Vaccination in the Punjab 1897-1904 - 1897-1904
Year: 1897
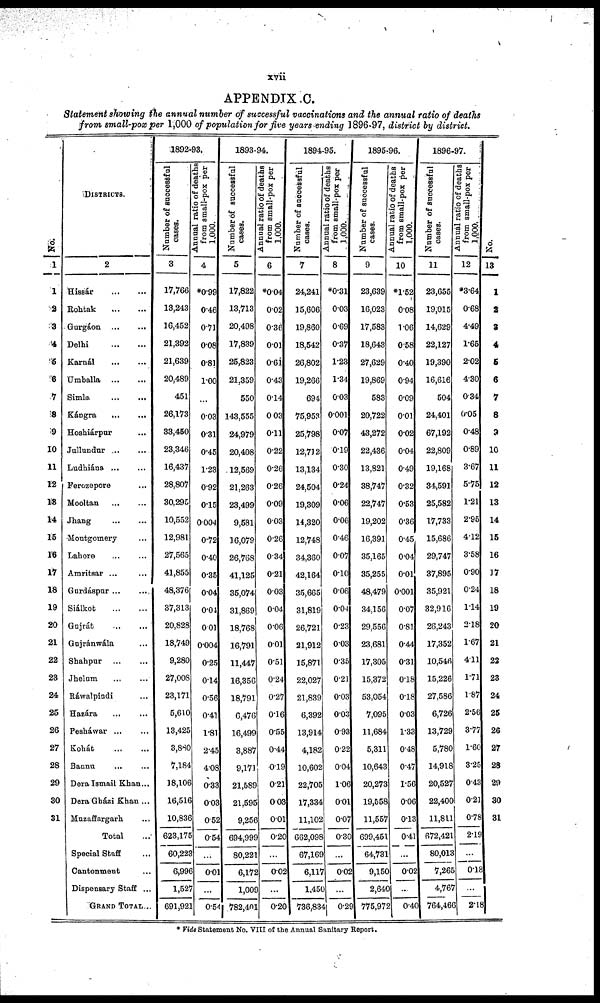
xvii
APPENDIX .C.
Statement showing the annual number of successful vaccinations and the annual ratio of deaths
from small-pox per 1,000 of population for five years ending 1896-97, district by district.
No.
1
1
2
3
4
5
6
7
8
9
10
11
12
13
14
15
16
17
18
19
20
21
22
23
24
25
26
27
28
29
30
31
DISTRICTS.
2
Hissár
...
...
Rohtak
...
...
Gurgáon
...
...
Delhi
...
...
Karnál
...
...
Umballa
...
...
Simla ... ...
Kángra
...
...
Hoshiárpur ... ...
Jullundur
...
...
Ludhiána ... ...
Ferozepore ... ...
Mooltan
...
...
Jhang
...
...
Montgomery ... ...
Lahore ... ...
Amritsar ... ...
Gurdáspur ... ...
Siálkot
...
...
Gujrát ... ...
Gujránwála ... ...
Shahpur ... ...
Jhelum ... ...
Ráwalpindi ... ...
Hazára ... ...
Pesháwar
...
...
Kohát ... ...
Bannu ... ...
Dera Ismail Khan
Dera Gházi Khan
Muzaffargarh ... ...
Total ...
Special Staff ...
Cantonment ...
Dispensary Staff ...
GRAND TOTAL ...
1892-93.
Number of successful
cases.
3
17,766
18,243
16,452
21,392
21,639
20,489
451
26,173
33,450
23,346
16,437
28,807
30,295
10,552
12,981
27,565
41,855
48,376
37,313
20,828
18,749
9,280
27,008
23,171
5,610
13,425
3,880
7,184
18,106
16,516
10,836
623,175
60,223
6,996
1,527
691,921
Annual ratio of deaths
from small-pox per
1,000.
4
*0.99
0.46
0.71
0.08
0.81
1.00
...
0.03
0.31
0.45
1.23
0.92
0.15
0.004
0.72
0.40
0.35
0.04
0.04
0.01
0.004
0.25
0.14
0.56
0.41
1.81
2.45
4.08
0.33
0.03
0.52
0.54
...
0.01
...
0.54
1893-94.
Number of successful
cases.
5
17,822
13,713
20,498
17,839
25,823
21,359
550
143,555
24,979
20,408
12,569
21,263
23,499
9,581
16,079
26,768
41,125
35,074
31,869
18,768
16,791
11,447
16,356
18,791
6,476
16,499
3,887
9,171
21,589
21,595
9,256
694,999
80,221
6,172
1,009
782,401
Annual ratio of deaths
from small-pox per
1,000.
6
*0.04
0.02
0.36
0.01
0.61
0.43
0.14
0.03
0.11
0.22
0.26
0.26
0.09
0.03
0.26
0.34
0.21
0.03
0.04
0.06
0.01
0.51
0.24
0.27
0.16
0.55
0.44
0.19
0.21
0.03
0.01
0.20
...
0.02
...
0.20
1894-95.
Number of successful
cases.
7
24,241
15,606
19,860
18,542
26,802
19,266
694
75,953
25,798
12,712
13,134
24,504
19,309
14,320
12,748
34,360
42,164
35,665
31,819
26,721
21,912
15,871
22,027
21,839
6,392
13,914
4,182
10,602
22,705
17,334
11,102
662,098
67,169
6,117
1,450
736,834
Annual ratio of deaths
from small-pox per
1,000.
8
*0.31
0.03
0.69
0.37
1.23
1.34
0.03
0.001
0.07
0.19
0.30
0.24
0.06
0.06
0.46
0.07
0.10
0.06
0.04
0.23
0.03
0.35
0.21
0.03
0.03
0.93
0.22
0.04
1.06
0.01
0.07
0.30
...
0.02
...
0.29
1895-96.
Number of successful
cases.
9
23,639
16,023
17,583
18,643
27,629
19,869
583
20,722
43,272
22,436
13,821
38,747
22,747
19,202
16,391
35,165
35,255
48,479
34,156
29,556
23,681
17,305
15,372
53,054
7,095
11,684
5,311
10,643
20,273
19,558
11,557
699,451
64,731
9,150
2,640
775,972
Annual ratio of deaths
from small-pox per
1,000.
10
*1.52
0.08
1.06
0.58
0.40
0.94
0.09
0.01
0.02
0.04
0.49
0.32
0.53
0.36
0.45
0.04
0.01
0.001
0.07
0.81
0.44
0.31
0.18
0.18
0.03
1.33
0.48
0.47
1.56
0.06
0.13
0.41
...
0.02
...
0.40
1896-97.
Number of successful
cases.
11
23,655
19,015
14,629
22,127
19,390
16,616
504
24,401
67,192
22,809
19,168
34,591
25,582
17,733
15,686
29,747
37,895
35,921
32,916
26,243
17,352
10,546
15,226
27,586
6,726
13,729
5,780
14,918
20,527
22,400
11,811
672,421
80,013
7,265
4,767
764,466
Annual ratio of deaths
from small-pox per
1,000.
12
*3.64
0.68
4.49
1.65
2.02
4.30
0.34
0.05
0.48
0.89
3.67
5.75
1.21
2.95
4.12
3.58
0.90
0.24
1.14
2.18
1.67
4.11
1.71
1.87
2.56
3.77
1.60
3.25
0.43
0.21
0.78
2.19
...
0.18
...
2.18
No.
13
1
2
3
4
6
6
7
8
9
10
11
12
13
14
15
16
17
18
19
20
21
22
23
24
25
26
27
28
29
30
31
* Vide Statement No. VIII of the Annual Sanitary Report.